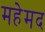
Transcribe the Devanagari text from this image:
महेमद